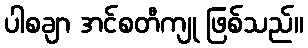
ပါစချာ အင်စတီကျု ဖြစ်သည်။